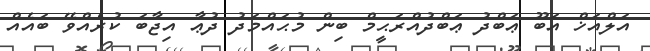
އަލްއަޚް އަބޫ ޢަބްދު ޢަބްދުއްރަޙީމް ބިން މުޙައްމަދު ދުޢާ އިޖާބަ ކުރެއްވޭ ބައެއް